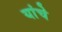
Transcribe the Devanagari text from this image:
यांचेेेे